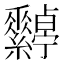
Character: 𦈀